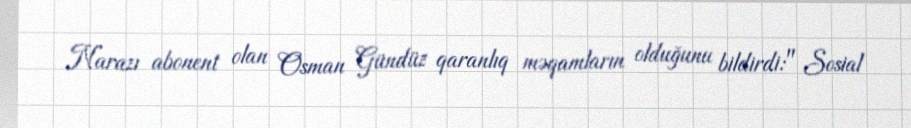
Narazı abonent olan Osman Gündüz qaranlıq məqamların olduğunu bildirdi:" Sosial